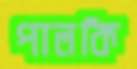
পালকি